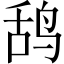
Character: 鸹